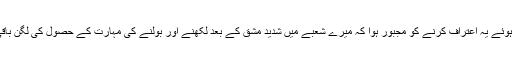
ایسا کرتے ہوئے یہ اعتراف کرنے کو مجبور ہوا کہ میرے شعبے میں شدید مشق کے بعد لکھنے اور بولنے کی مہارت کے حصول کی لگن باقی نہیں رہی۔